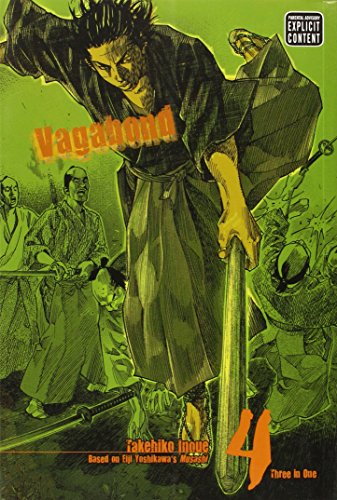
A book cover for Vagabond, Vol. 4 (VIZBIG Edition); Takehiko Inoue; Comics & Graphic Novels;